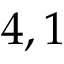
4 , 1